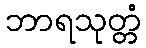
ဘာရသုတ္တံ